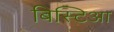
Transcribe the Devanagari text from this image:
बिस्टिआ